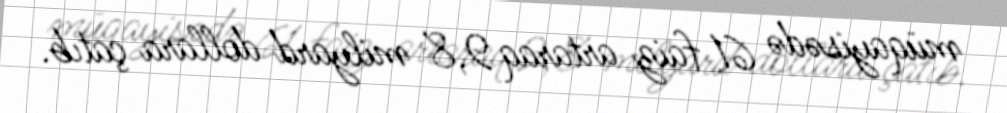
müqayisədə 61 faiz artaraq 9,8 milyard dollara çatıb.